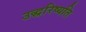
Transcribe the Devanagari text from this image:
उद्धरिष्यति